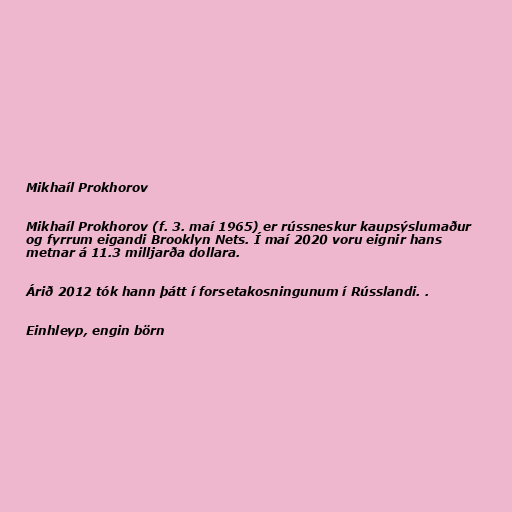
Mikhaíl Prokhorov

Mikhaíl Prokhorov (f. 3. maí 1965) er rússneskur kaupsýslumaður
og fyrrum eigandi Brooklyn Nets. Í maí 2020 voru eignir hans
metnar á 11.3 milljarða dollara.

Árið 2012 tók hann þátt í forsetakosningunum í Rússlandi. .

Einhleyp, engin börn